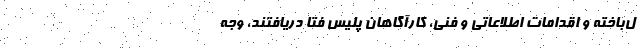
ل‌باخته و اقدامات اطلاعاتی و فنی، کارآگاهان پلیس فتا دریافتند، وجه